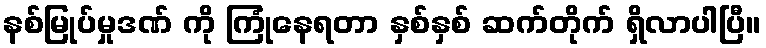
နစ်မြုပ်မှုဒဏ် ကို ကြုံနေရတာ နှစ်နှစ် ဆက်တိုက် ရှိလာပါပြီ။